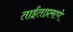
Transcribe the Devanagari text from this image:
ताईताप्रमाणे